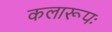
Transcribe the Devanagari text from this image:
कलारूपः